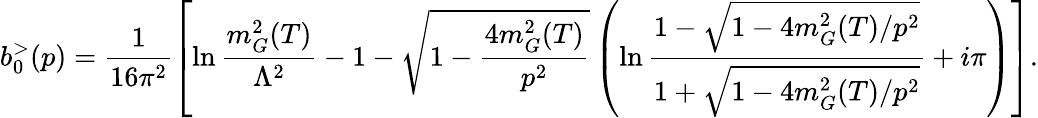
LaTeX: b_{0}^{>}(p)=\frac{1}{16\pi^{2}}\left[\ln\frac{m_{G}^{2}(T)}{\Lambda^{2}}-1-\sqrt{1-\frac{4m_{G}^{2}(T)}{p^{2}}}\left(\ln\frac{1-\sqrt{1-4m_{G}^{2}(T)/p^{2}}}{1+\sqrt{1-4m_{G}^{2}(T)/p^{2}}}+i\pi\right)\right].